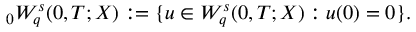
{ } _ { 0 } W _ { q } ^ { s } ( 0 , T ; X ) : = \{ u \in W _ { q } ^ { s } ( 0 , T ; X ) : u ( 0 ) = 0 \} .